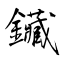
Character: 鑶